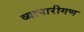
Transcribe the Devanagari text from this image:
व्‍यापारीगण